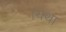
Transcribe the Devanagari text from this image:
।यथा